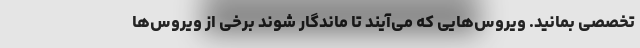
تخصصی بمانید. ویروس‌هایی که می‌آیند تا ماندگار شوند برخی از ویروس‌ها